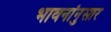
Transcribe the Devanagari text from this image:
भावनांनुसार